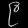
Digit: ၉